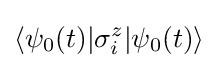
\langle \psi _{0}(t)|\sigma _{i}^{z}|\psi _{0}(t)\rangle